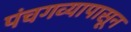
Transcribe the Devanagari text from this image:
पंचगव्यापासून